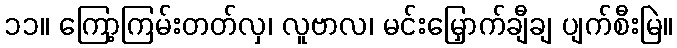
၁၁။ ကြော့ကြမ်းတတ်လှ၊ လူဗာလ၊ မင်းမြှောက်ချီချ ပျက်စီးမြဲ။